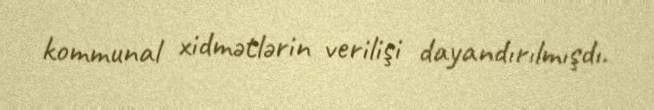
kommunal xidmətlərin verilişi dayandırılmışdı.